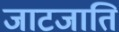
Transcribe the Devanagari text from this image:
जाटजाति